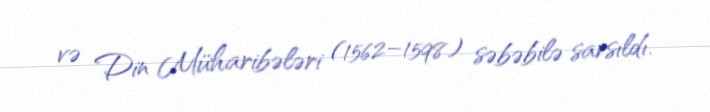
və Din Müharibələri (1562–1598) səbəbilə sarsıldı.